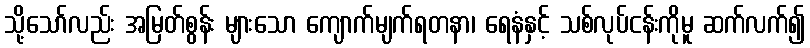
သို့သော်လည်း အမြတ်စွန်း များသော ကျောက်မျက်ရတနာ၊ ရေနံနှင့် သစ်လုပ်ငန်းကိုမူ ဆက်လက်၍